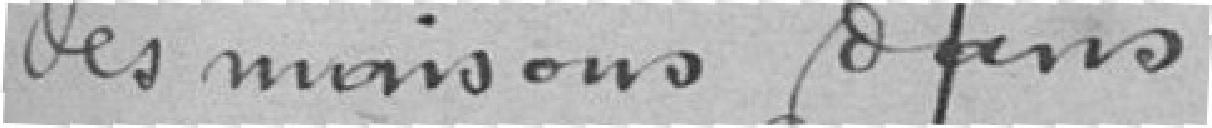
des maisons dans